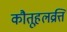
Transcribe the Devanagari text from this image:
कौतूहलव्रत्ति